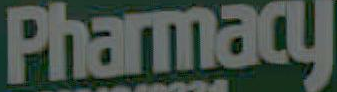
Pharmacy